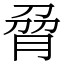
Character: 脋